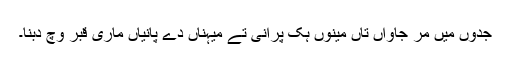
جدوں میں مر جاواں تاں مینوں ہک پرانی تے میہناں دے پانیاں ماری قبر وچ دبنا۔